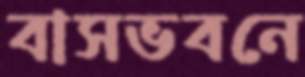
বাসভবনে